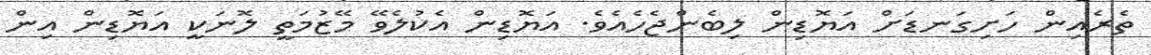
ތެރެއިން ހަށިގަނޑަށް އަޔޮޑިން ލިބެންޖެހެއެވެ. އަޔޮޑިން އެކުލެވޭ މޭޒުމަތީ ލޮނަކީ އަޔޮޑިން އިން